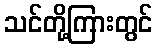
သင်တို့ကြားတွင်